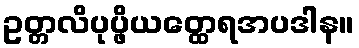
ဥတ္တလိပုပ္ဖိယတ္ထေရအပဒါန။